Vabadussoja_Ajaloo_Komitee, lk 66
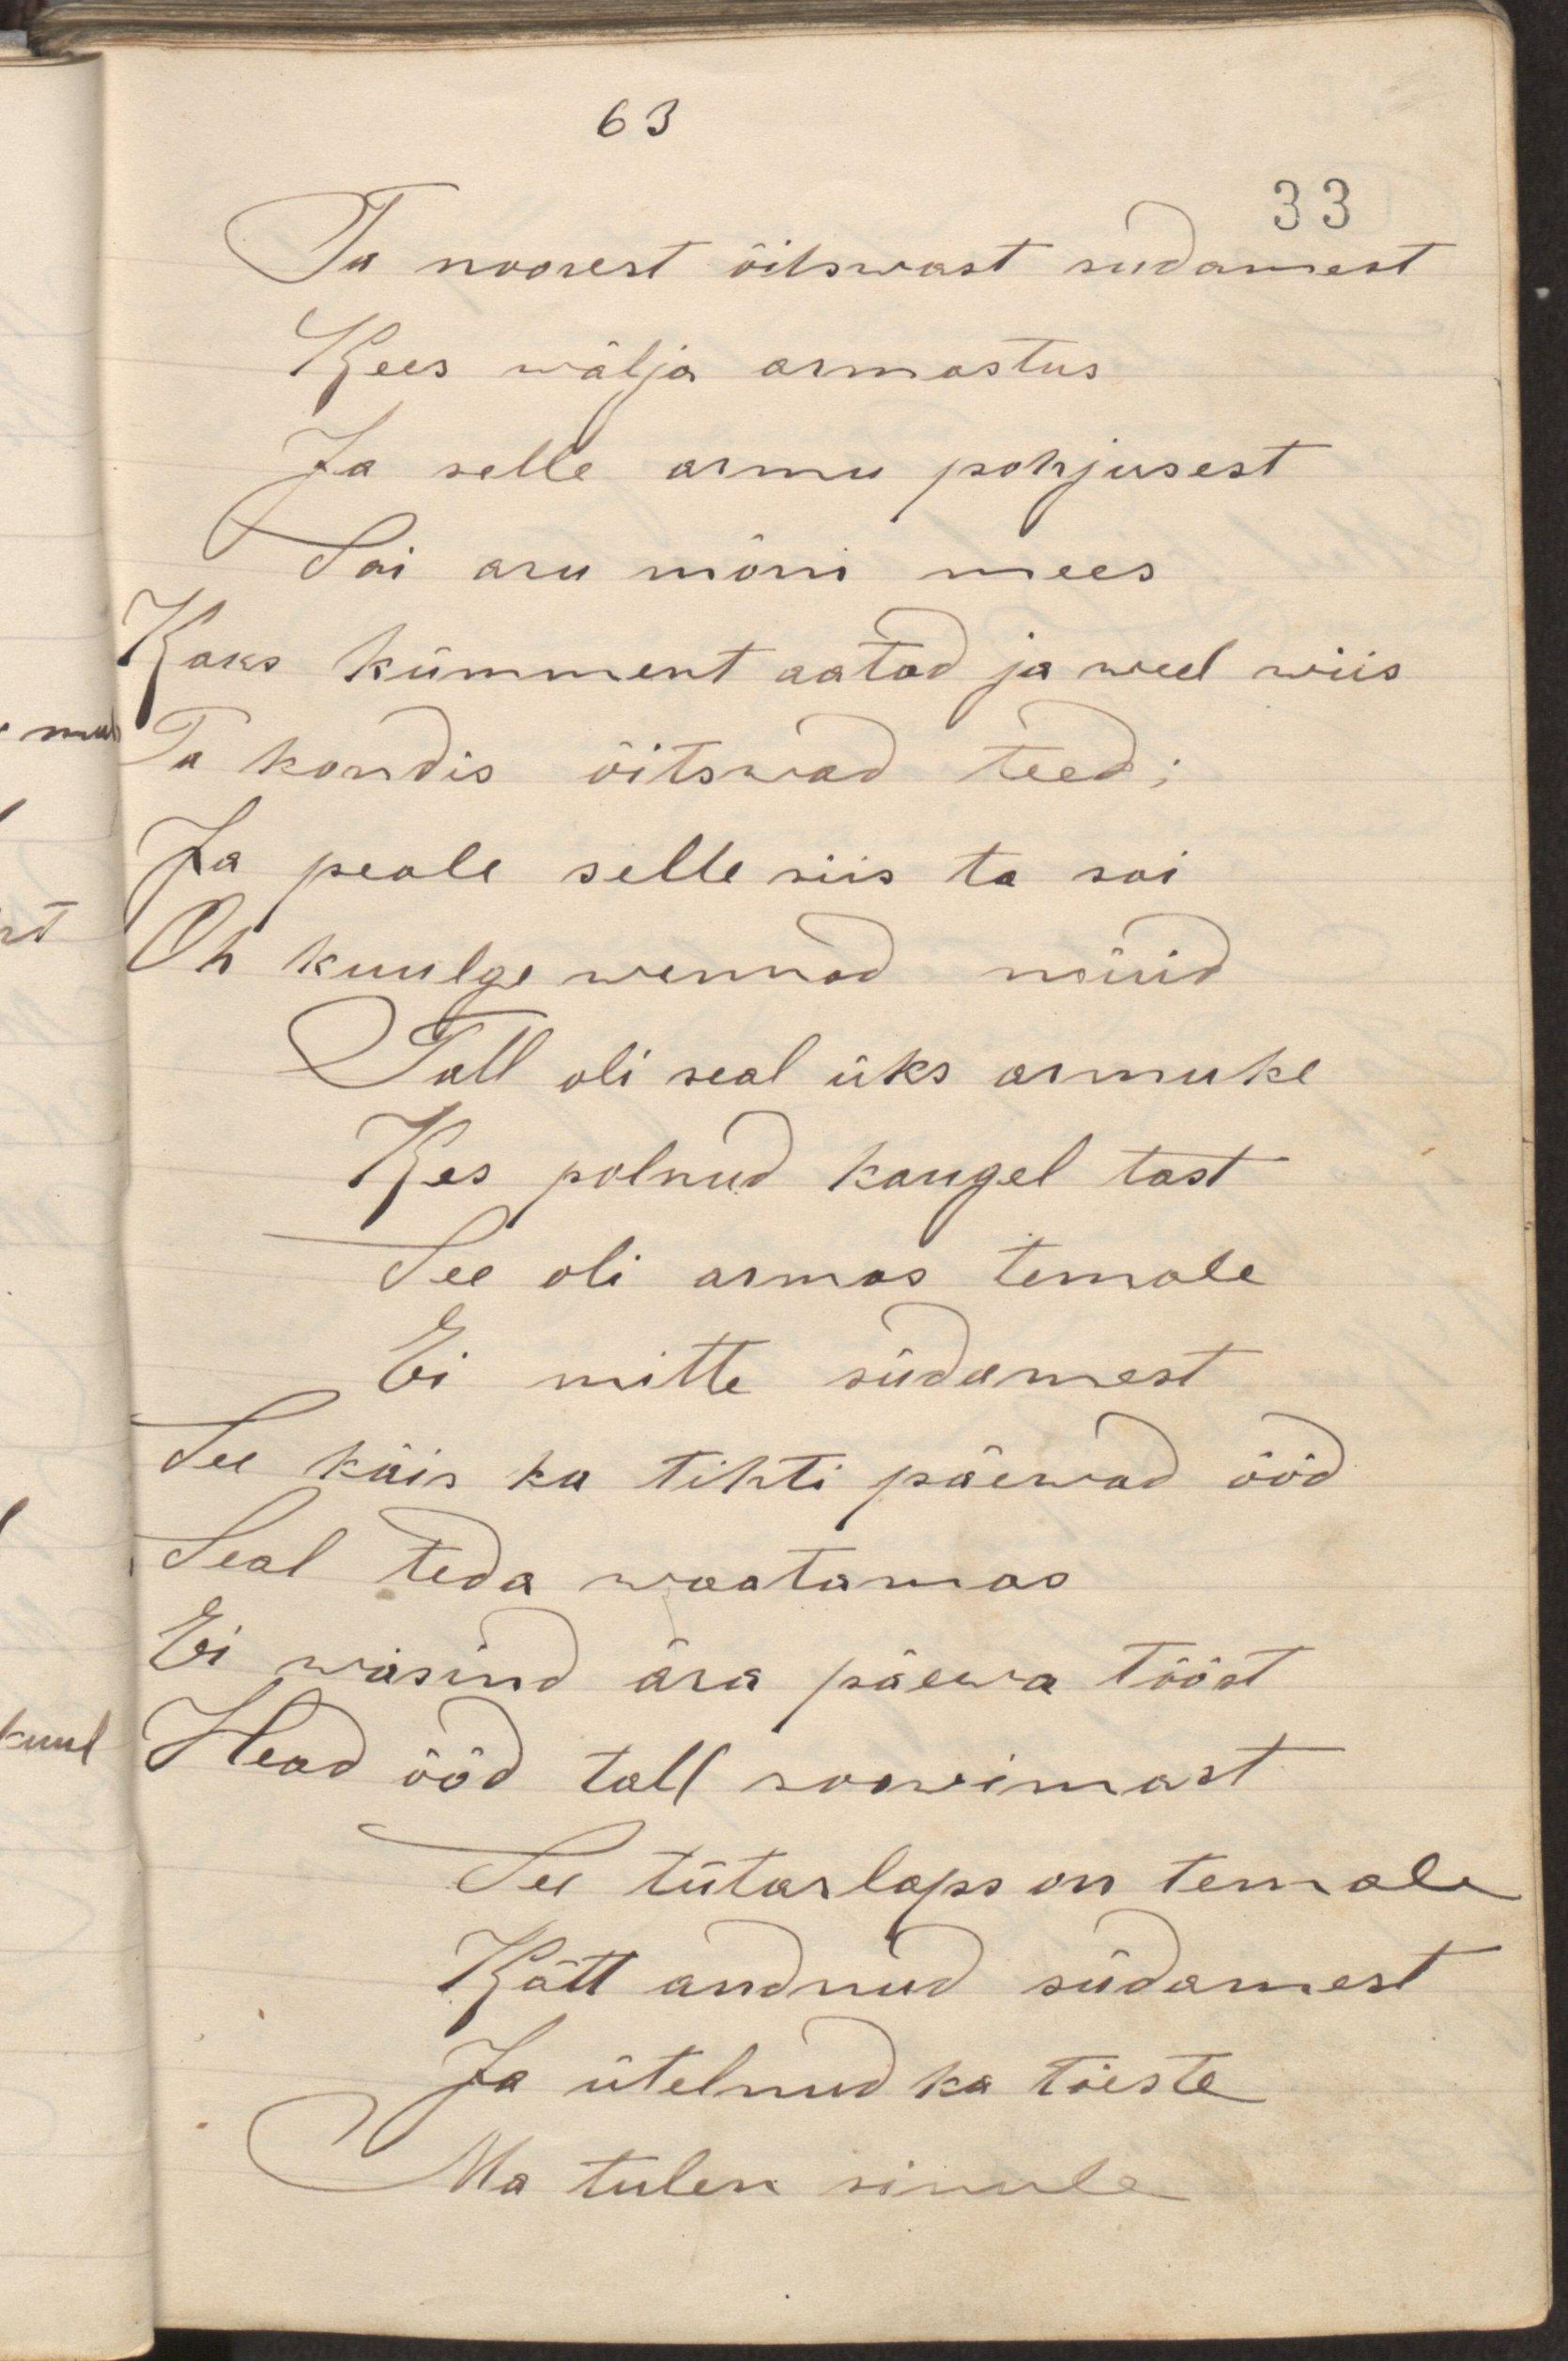
Ta noorest õitsvast südamest
Kees wälja armastus
Ja selle armu pohjusest
Sai aru mõni mees
Kaks kümment aatad ja weel wiis
Ta kandis õitswad teed;
Ja peale selle siis ta sai
Oh kuulge wennad nüüd
Tall oli seal üks armuke
Kes polnud kaugel tast
See oli armas temale
Ei mitte südamest
See käis ka tihti päevad ööd
Seal teda waatamas
Ei wäsind ära päewa tööst
Head ööd tall soovimast
See tütarlaps on temale
Kätt andnud südamest
Ja ütlenud ka tõeste
Ma tulen sinule